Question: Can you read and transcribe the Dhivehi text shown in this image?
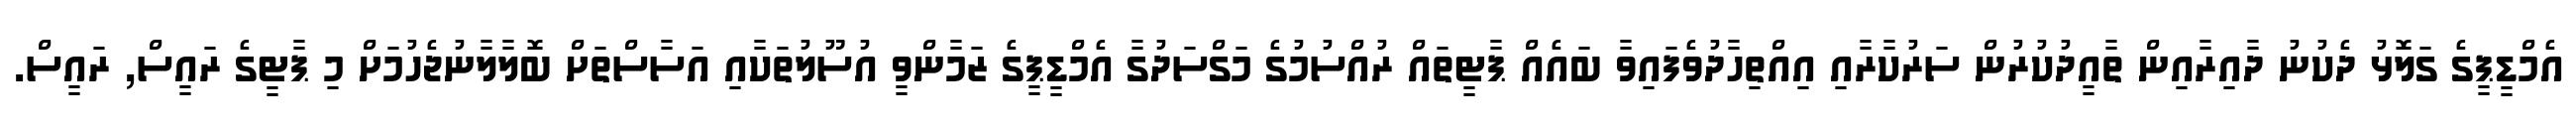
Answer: އެމްޑީޕީގެ ގަލޮޅު ދެކުނު ދާއިރާއިން ތާއީދުކުރުން ސަރުކާރާއި އިއްތިހާދުވެފައިވާ ބައެއް ޕާޓީތައް ރުއްސުމުގެ މަގްސަދުގާ އެމްޑީޕީގެ ޒަމާންވީ އުސޫލުތަކާއި އަސާސްތަށް ބޮލާލާނުޖެހުމަށް މި ޕާޓީގެ ރައީސް, ރައީސް.